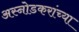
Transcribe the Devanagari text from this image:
अस्नोडकरांच्या